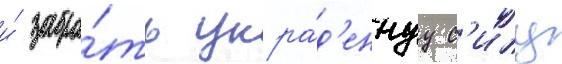
и́ забра́ть укра́д'еннуу с'илу